画像に写った文字を読んでください
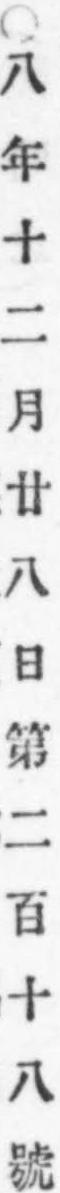
「○八年十二月廿八日第二百十八號」と書いてあります